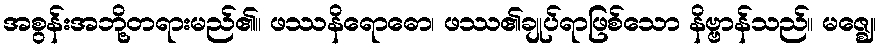
အစွန်းအဘို့တရားမည်၏။ ဖဿနိရောဓော၊ ဖဿ၏ချုပ်ရာဖြစ်သော နိဗ္ဗာန်သည်။ မဇ္ဈေ၊